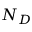
N _ { D }